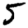
Digit: 5